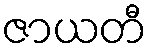
ဇာယတီ